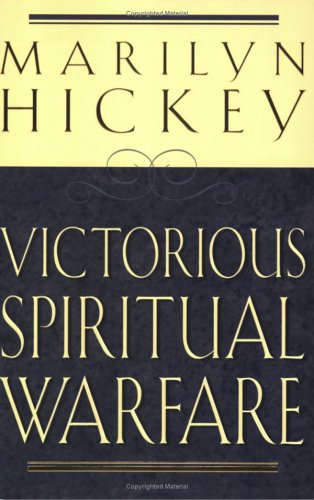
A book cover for Victorious Spiritual Warfare; Marilyn Hickey; Christian Books & Bibles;